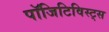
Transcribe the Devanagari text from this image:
पॉजिटिविस्ट्स